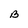
Character: B